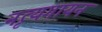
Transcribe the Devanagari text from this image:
नृत्यगायन